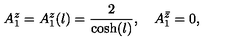
A _ { 1 } ^ { z } = A _ { 1 } ^ { z } ( l ) = \frac { 2 } { \cosh ( l ) } , \quad A _ { 1 } ^ { \bar { z } } = 0 ,